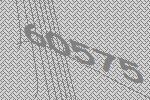
60575